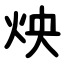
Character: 炴